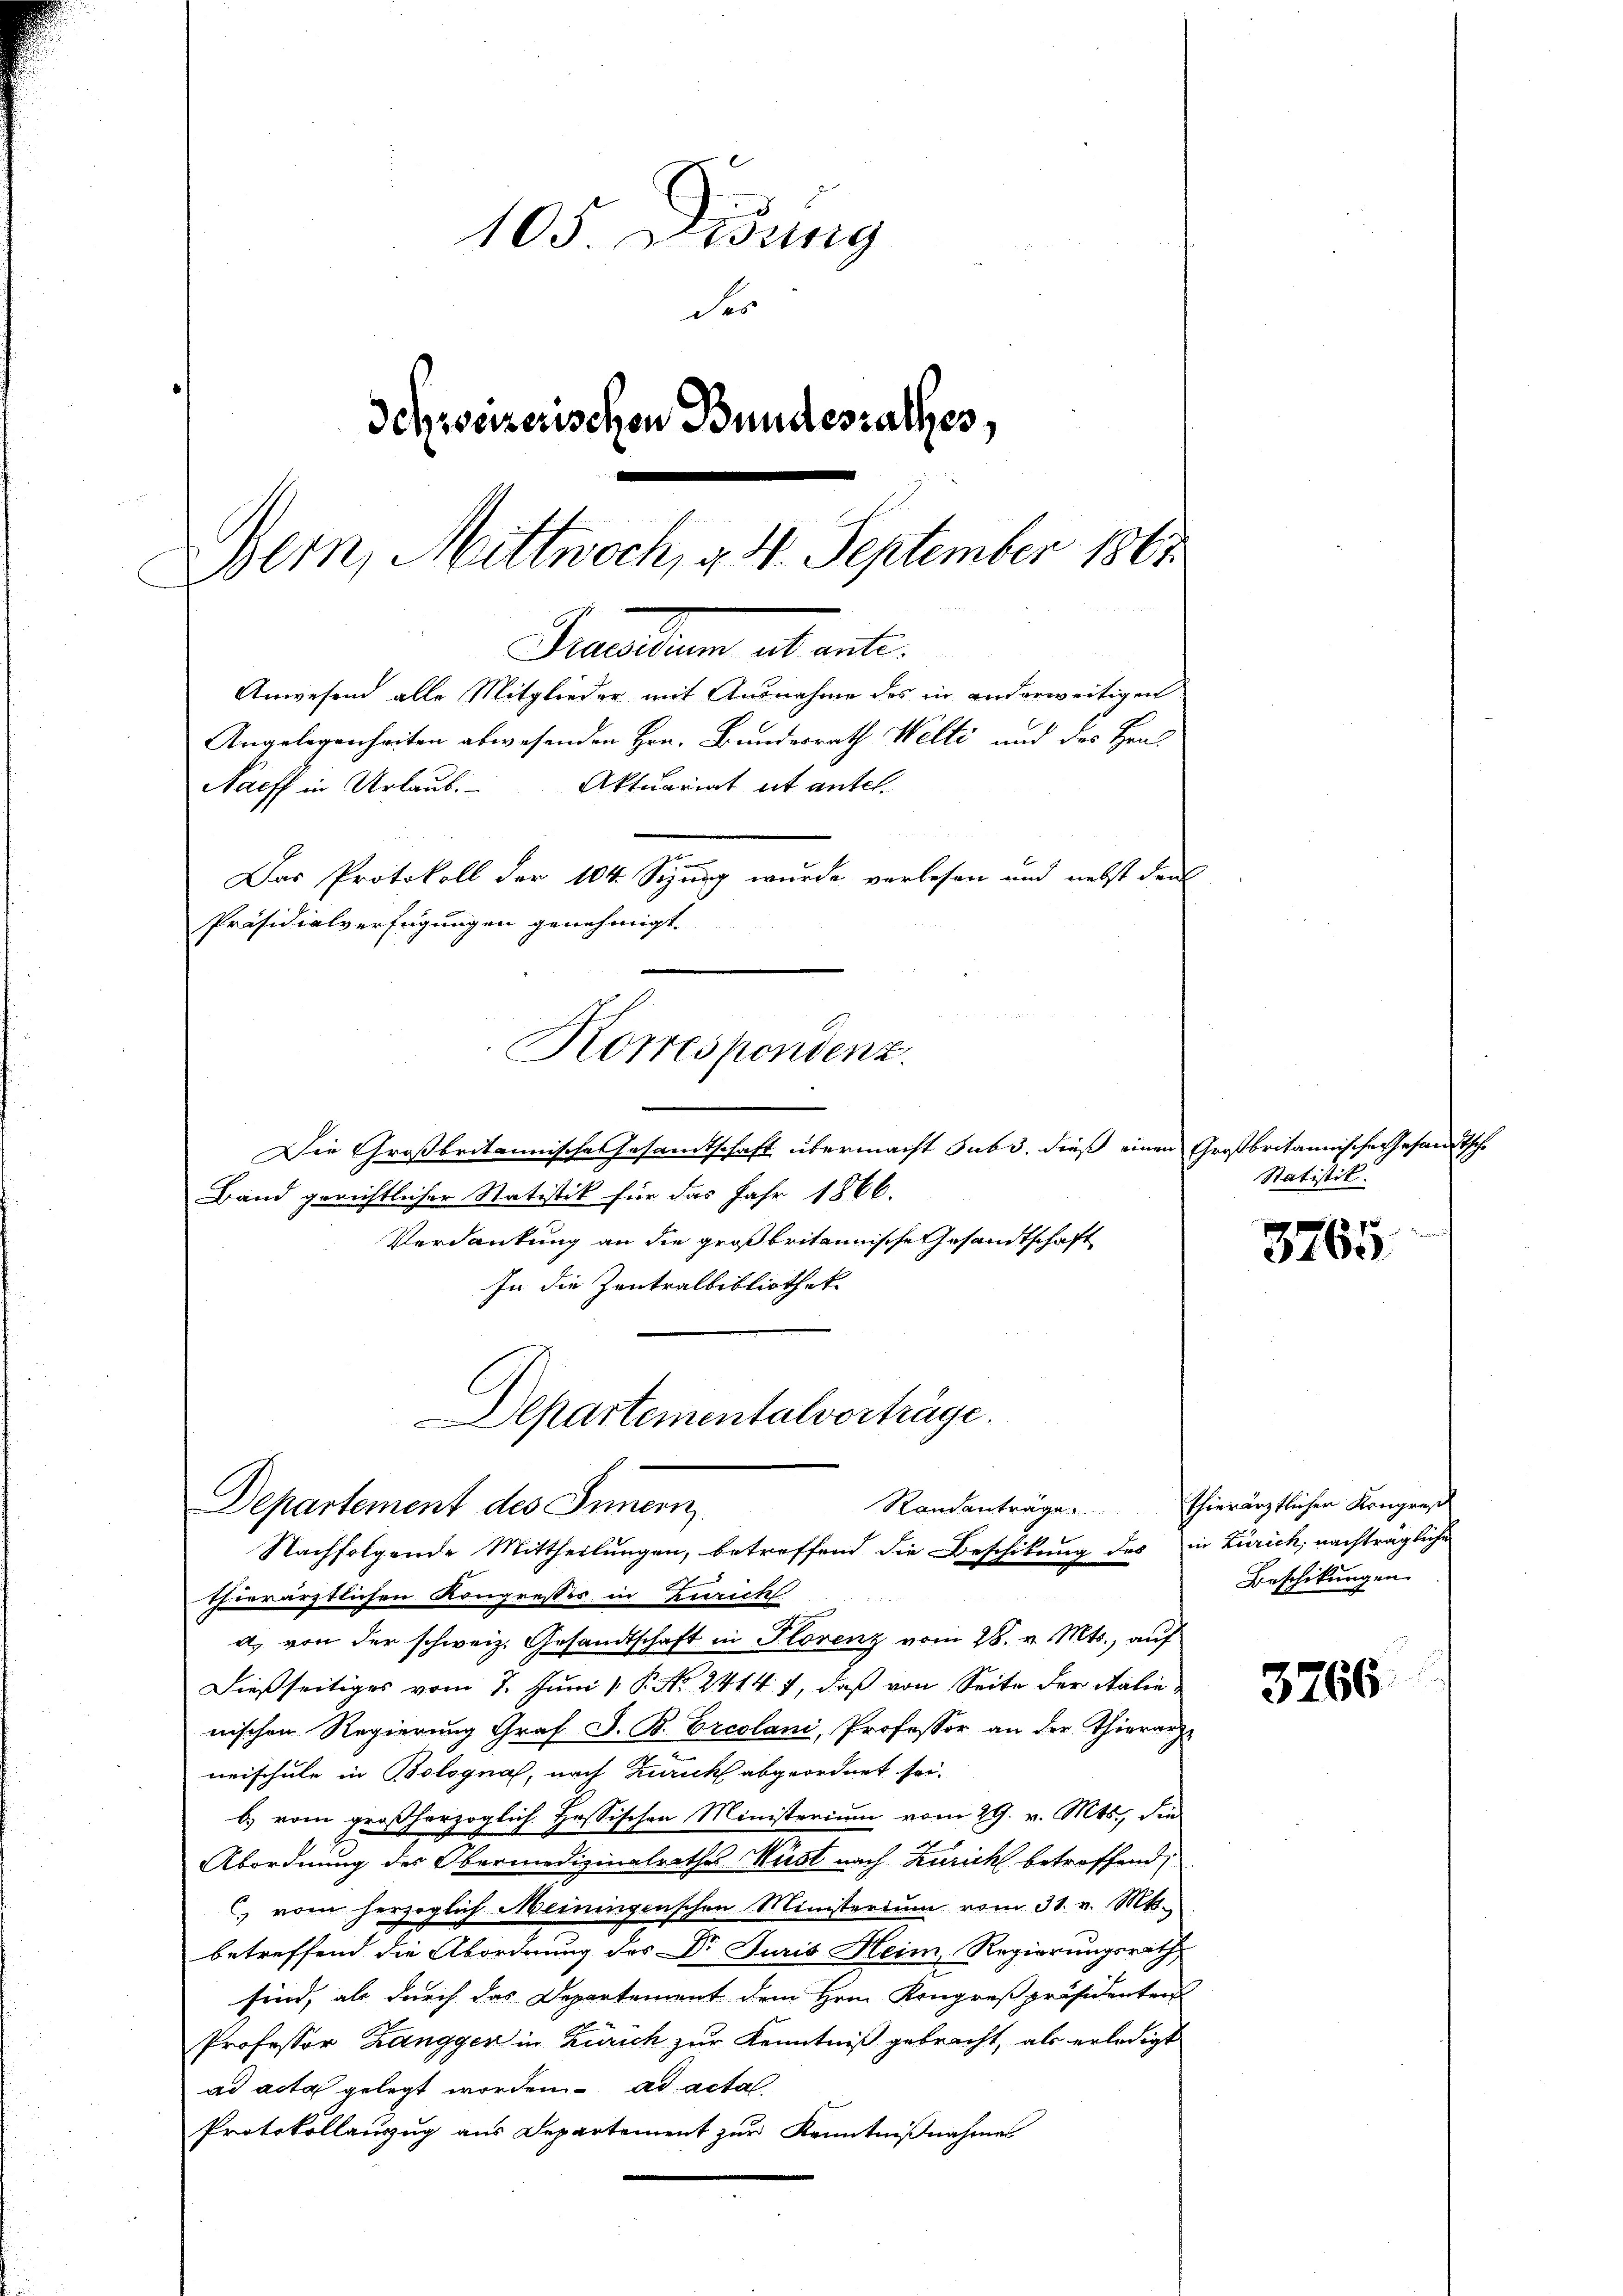
105. Didung
der
Schweizerischen Bundesrathes,
Bern, Mittwoch, d. 4. September 1861

Angelegenheiten abwesenden Hrn. Bundesrath Welti und des Hrn.
Naeff in Urlaub. Aktuariat et antel.
u
Das Protokoll der 104. Sizung wurde verlesen und nebst den
Präsidialverfügungen genehmigt
Korrespondenz.

Die Großbritannische Gesandtschaft übermacht sub 3. dieß einen Großbritannische Gesandtsche
Band gerichtlicher Statistik für das Jahr 1866.
Verdankung an die großbritannische Gesandtschaft
In die Zentralbibliothek
Randanträge thierärztlichen Kongres
Nachfolgende Mittheilungen, betreffend die Beschikung des in Zürich, nachträgliche
thierärztlichen Kongresses in Zürich

a. von der schweiz. Gesandtschaft in Florenz vom 28. v. Mts., auf
Dießseitiges vom 7. Juni v. P. Nr. 2414. 7, daß von Seite der Salie
nischen Regierung Graf S. B. Ercolani, Professor an der Thierarzneischule in Bologna, nach Zürich abgeordnet sei.
b.) vom großherzoglich Hössischen Ministerium vom 29. v. Mts., die
Abordnung des Obermedizinalrathes Must nach Zürich betroffend
 vom herzoglich Meiningenschen Ministerium vom 31. v. Mts.,
betreffend die Abordnung des Dr Juris Heim Regierungsrath
sind, als durch das Departement dem Hrn. Kongreßpräsidenten
Professor Zangger in Zürich zur Kenntniß gebracht, als erledigt
ad acta gelegt worden. ad acta
Protokollanzŭg aŭs Departement zŭr Kenntniβnahme

Prenten es weite

Anwesend alle Mitglieder mit Ausnahme des in anderweitigen

Departementalvorträge.
Departement des Innern

Statistik.

Beschikungen

3765

3766.